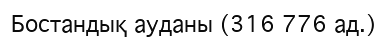
Бостандық ауданы (316 776 ад.)